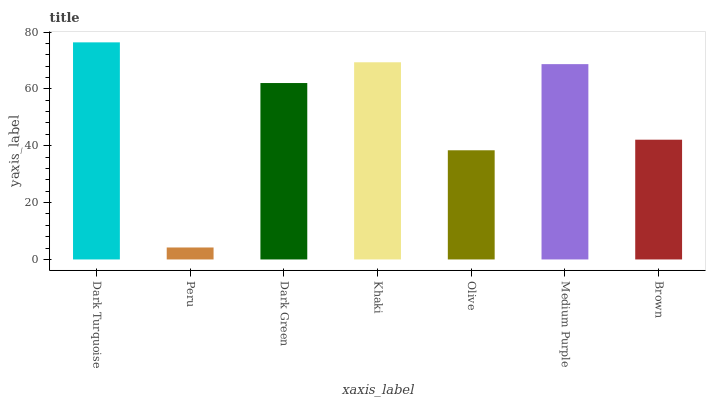
| xaxis_label | bars |
 | --- | --- |
 | Dark Turquoise | 76.4 |
 | Peru | 4.21 |
 | Dark Green | 62.1 |
 | Khaki | 69.4 |
 | Olive | 38.4 |
 | Medium Purple | 68.7 |
 | Brown | 42.1 |